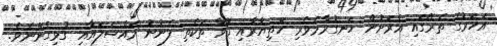
އަހަރުގެ ތެރޭގައި އެރަށުން ހަނގުރާމަވެރި ހަތިޔާރާއި ގޮވާ ތަކެތި ފެނުނު މައްސަލައާއި ގުޅިގެންނެވެ.